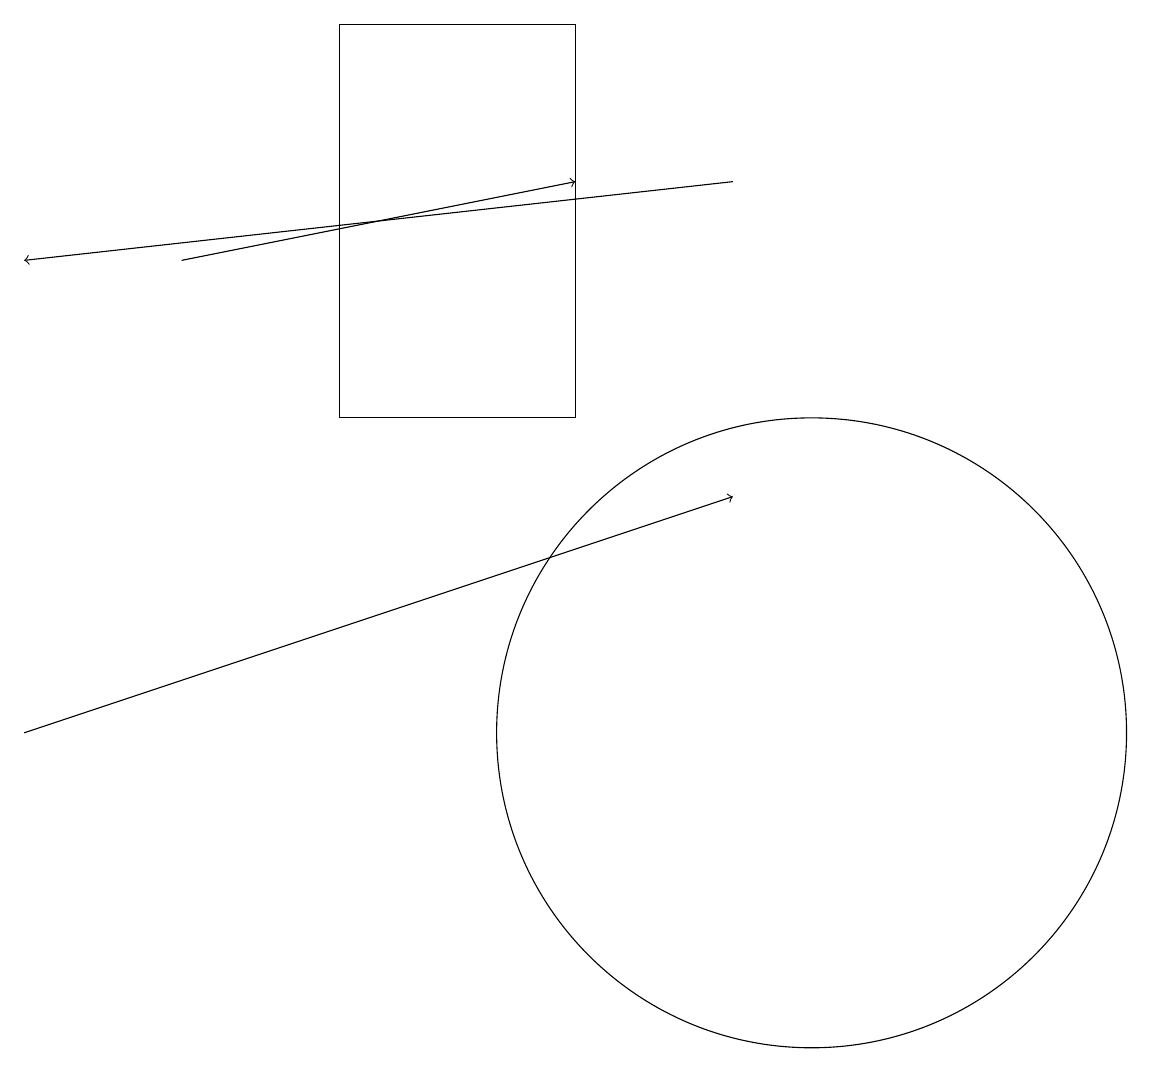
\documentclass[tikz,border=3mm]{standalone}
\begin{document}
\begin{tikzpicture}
\draw[->] (2,16) -- (7,17);
\draw (7,19) rectangle (4,14);
\draw[->] (0,10) -- (9,13);
\draw (10,10) circle (4);
\draw[->] (9,17) -- (0,16);
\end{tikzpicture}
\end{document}